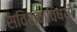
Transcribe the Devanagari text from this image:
सविश्वाविषयी